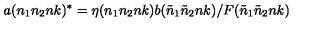
a ( n _ { 1 } n _ { 2 } n k ) ^ { * } = \eta ( n _ { 1 } n _ { 2 } n k ) b ( { \tilde { n } } _ { 1 } { \tilde { n } } _ { 2 } n k ) / F ( { \tilde { n } } _ { 1 } { \tilde { n } } _ { 2 } n k )